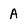
Character: A